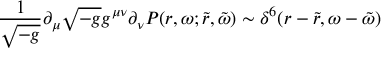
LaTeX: \frac { 1 } { \sqrt { - g } } \partial _ { \mu } \sqrt { - g } g ^ { \mu \nu } \partial _ { \nu } { \cal P } ( r , \omega ; \tilde { r } , \tilde { \omega } ) \sim \delta ^ { 6 } ( r - \tilde { r } , \omega - \tilde { \omega } )